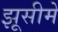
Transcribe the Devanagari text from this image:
झूसीमें